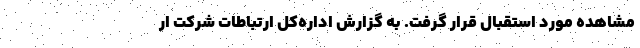
مشاهده مورد استقبال قرار گرفت. به گزارش اداره‌کل ارتباطات شرکت ار